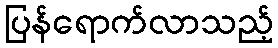
ပြန်ရောက်လာသည့်